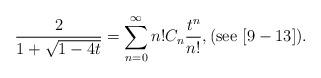
LaTeX: \begin{align*}\frac{2}{1+\sqrt{1-4t}} = \sum_{n=0}^\infty n! C_n \frac{t^n}{n!},(\textnormal{see} \,\, [9-13]).\end{align*}